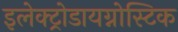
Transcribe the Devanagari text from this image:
इलेक्ट्रोडायग्नोस्टिक